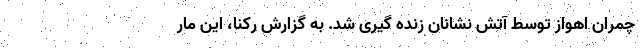
چمران اهواز توسط آتش نشانان زنده گیری شد. به گزارش رکنا، این‌ مار